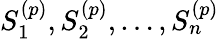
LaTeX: S_{1}^{(p)},S_{2}^{(p)},\ldots,S_{n}^{(p)}